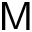
\mathsf { M }